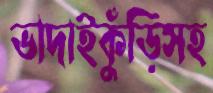
ভাদাইকুঁড়িসহ